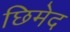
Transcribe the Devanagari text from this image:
छिमेद